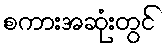
စကားအဆုံးတွင်